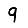
Digit: 9